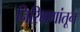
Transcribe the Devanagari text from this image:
निरिक्षणांतून